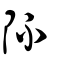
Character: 阫